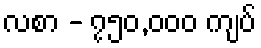
လစာ - ၇၅၀,၀၀၀ ကျပ်